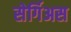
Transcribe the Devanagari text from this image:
सेर्गिअस